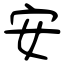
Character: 安